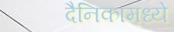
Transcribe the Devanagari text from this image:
दैनिकामध्ये